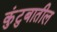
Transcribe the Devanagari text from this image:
कुंटुबातील